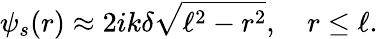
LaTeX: \psi_{s}(r)\approx 2ik\delta\sqrt{\ell^{2}-r^{2}},\quad r\le\ell.